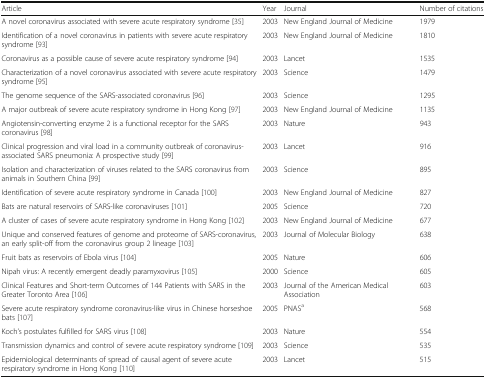
| Article | Year | Journal | Number of citations |
 | --- | --- | --- | --- |
 | A novel coronavirus associated with severe acute respiratory syndrome [35] | 2003 | New England Journal of Medicine | 1979 |
 | Identification of a novel coronavirus in patients with severe acute respiratory syndrome [93] | 2003 | New England Journal of Medicine | 1810 |
 | Coronavirus as a possible cause of severe acute respiratory syndrome [94] | 2003 | Lancet | 1535 |
 | Characterization of a novel coronavirus associated with severe acute respiratory syndrome [95] | 2003 | Science | 1479 |
 | The genome sequence of the SARS-associated coronavirus [96] | 2003 | Science | 1295 |
 | A major outbreak of severe acute respiratory syndrome in Hong Kong [97] | 2003 | New England Journal of Medicine | 1135 |
 | Angiotensin-converting enzyme 2 is a functional receptor for the SARS coronavirus [98] | 2003 | Nature | 943 |
 | Clinical progression and viral load in a community outbreak of coronavirus-associated SARS pneumonia: A prospective study [99] | 2003 | Lancet | 916 |
 | Isolation and characterization of viruses related to the SARS coronavirus from animals in Southern China [99] | 2003 | Science | 895 |
 | Identification of severe acute respiratory syndrome in Canada [100] | 2003 | New England Journal of Medicine | 827 |
 | Bats are natural reservoirs of SARS-like coronaviruses [101] | 2005 | Science | 720 |
 | A cluster of cases of severe acute respiratory syndrome in Hong Kong [102] | 2003 | New England Journal of Medicine | 677 |
 | Unique and conserved features of genome and proteome of SARS-coronavirus, an early split-off from the coronavirus group 2 lineage [103] | 2003 | Journal of Molecular Biology | 638 |
 | Fruit bats as reservoirs of Ebola virus [104] | 2005 | Nature | 606 |
 | Nipah virus: A recently emergent deadly paramyxovirus [105] | 2000 | Science | 605 |
 | Clinical Features and Short-term Outcomes of 144 Patients with SARS in the Greater Toronto Area [106] | 2003 | Journal of the American Medical Association | 603 |
 | Severe acute respiratory syndrome coronavirus-like virus in Chinese horseshoe bats [107] | 2005 | PNASa | 568 |
 | Koch’s postulates fulfilled for SARS virus [108] | 2003 | Nature | 554 |
 | Transmission dynamics and control of severe acute respiratory syndrome [109] | 2003 | Science | 535 |
 | Epidemiological determinants of spread of causal agent of severe acute respiratory syndrome in Hong Kong [110] | 2003 | Lancet | 515 |